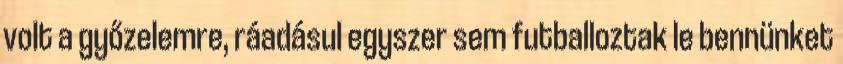
volt a győzelemre, ráadásul egyszer sem futballoztak le bennünket